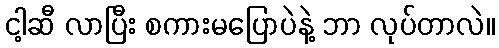
ငါ့ဆီ လာပြီး စကားမပြောပဲနဲ့ ဘာ လုပ်တာလဲ။